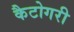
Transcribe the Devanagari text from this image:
कैटोगरी